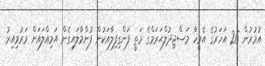
އުމުރުން 26 އަހަރުގެ އެމީހާ މަސްޖިދުލްޙަރަމްގެ މަތީ ފަންގިފިލާއަކުން ފުންމާލައިގެން އަމިއްލައަށް މަރުވިއިރު